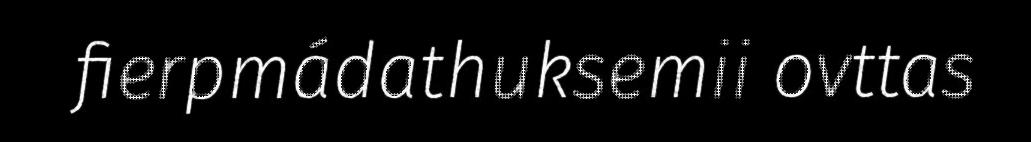
fierpmádathuksemii ovttas